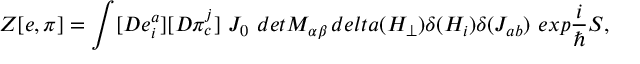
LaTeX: Z [ e , \pi ] = \int [ D e _ { i } ^ { a } ] [ D \pi _ { c } ^ { j } ] \ J _ { 0 } \ d e t M _ { \alpha \beta } \, d e l t a ( H _ { \perp } ) \delta ( H _ { i } ) \delta ( J _ { a b } ) \ e x p \frac { i } { \hbar } S ,